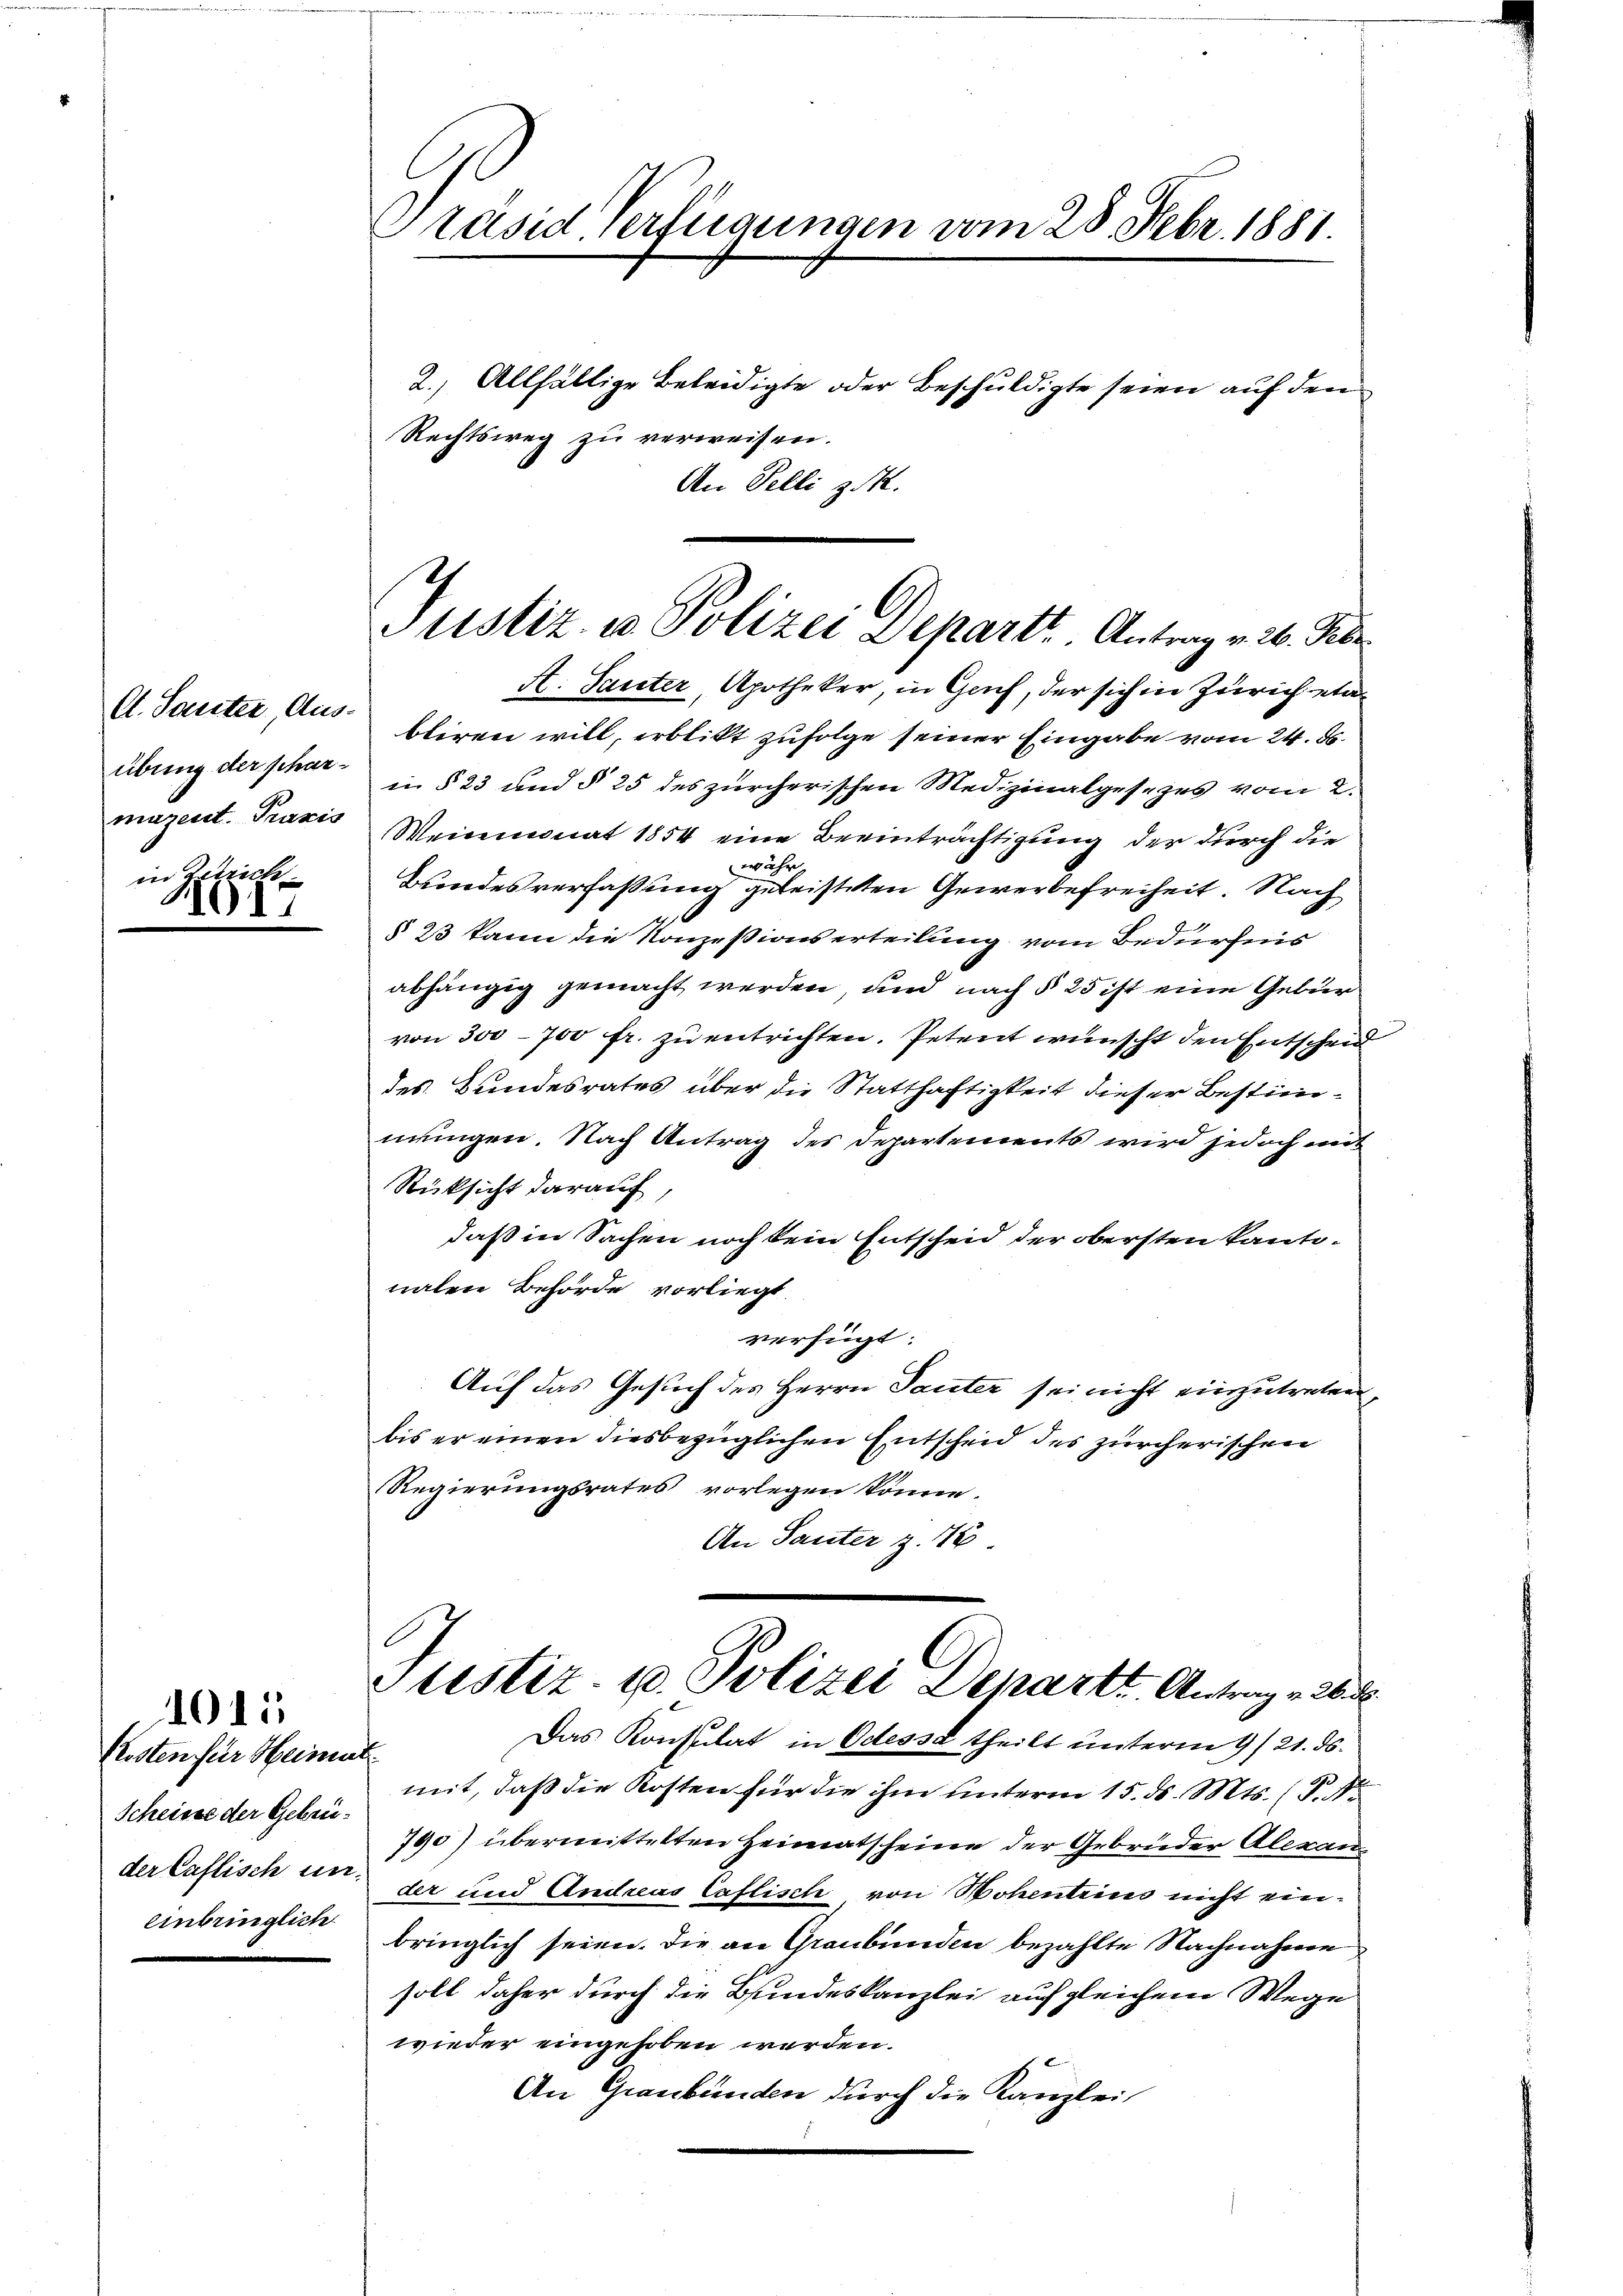
Ct. Sauter, Aus-
übring der pharmazent. Praxis

Geleis
101

1015

Closten für Heinr
Scheinse der Gebreider Caflisch un
einbringlich

Präsid Verfügungen vom 28. Febr. 1881.
2.) Allfällige Beleidigte oder Beschuldigte seien auf den
Rechtsweg zu verweisen.
An Telli z. R.

.
Justiz- u Polizei Departe. Antrag v. 26. Febr

A. Sauter, Apotheker, in Genf, der sich in Zürich einbliren will, erblickt zufolge seiner Eingabe vom 24. d.
in § 23 und § 25 des zürcherischen Medizinalgesezes vom 2.
Weinmonat 1854 eine Beeinträchtigung der durch die
währ
Bundesverfaßung geleisteten Gewerbefreiheit. Nach
§ 23 kann die Konzessionserteilung vom Bedürfnis
abhängig gemacht werden und nach § 25 ist eine Gebur
von 300 - 700 fr. zu entrichten. Petent wünscht den Entscheid
des Bundesrates über die Statthaftigkeit dieser Bestimnungen. Nach Antrag des Departements wird jedoch mit
Rücksicht darauf,
daß in Sachen noch kein Entscheid der obersten kantonalen Behörde vorliegt
verfügt:
Auf das Gesuch des Herrn Tanter sei nicht einzutreten,
bis er einen diesbezüglichen Entscheid des zürcherischen
Regierungsrates vorlegen könne.
An Tanter z. 76

Justiz- u. Polizei Departe Antrage d

Das Konsulat in Odessa theilt unterm 9/21. ds.
f
mit, daß die Kosten für die ihm unterm 15. ds. Mts. (T. No
790) übermittelten Heimatscheine der Gebrüder Alexander und Andreas Caflisch von Hohentrius nicht einbringlich seien. Die an Graubünden bezahlte Nachnahme
soll daher durch die Bundeskanzlei auf gleichem Wege
wieder eingehoben werden.
An Graubünden durch die Kanzlei,